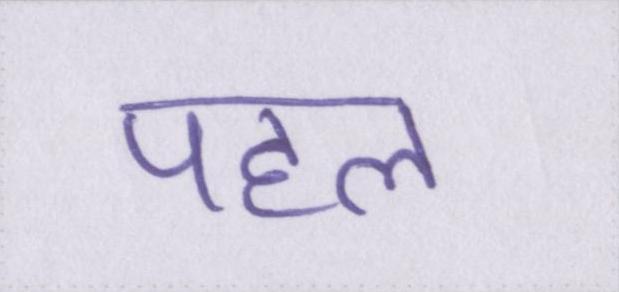
पहल